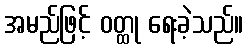
အမည်ဖြင့် ဝတ္ထု ရေးခဲ့သည်။